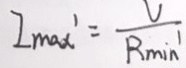
I _ { \max } ^ { \prime } = \frac { V } { R _ { \min } ^ { \prime } }